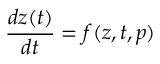
\frac { d z ( t ) } { d t } = f ( z , t , p )